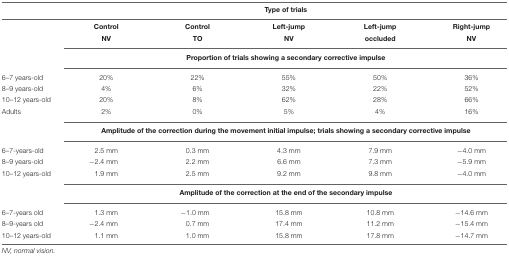
<table><thead><tr><td></td><td colspan="5"><b>Type of trials</b></td></tr></thead><tbody><tr><td></td><td><b>Control</b></td><td><b>Control</b></td><td><b>Left-jump</b></td><td><b>Left-jump</b></td><td><b>Right-jump</b></td></tr><tr><td></td><td><b>NV</b></td><td><b>TO</b></td><td><b>NV</b></td><td><b>occluded</b></td><td><b>NV</b></td></tr><tr><td></td><td colspan="5"><b>Proportion of trials showing a secondary corrective impulse</b></td></tr><tr><td>6–7 years-old</td><td>20%</td><td>22%</td><td>55%</td><td>50%</td><td>36%</td></tr><tr><td>8–9 years-old</td><td>4%</td><td>6%</td><td>32%</td><td>22%</td><td>52%</td></tr><tr><td>10–12 years-old</td><td>20%</td><td>8%</td><td>62%</td><td>28%</td><td>66%</td></tr><tr><td>Adults</td><td>2%</td><td>0%</td><td>5%</td><td>4%</td><td>16%</td></tr><tr><td></td><td colspan="5"><b>Amplitude of the correction during the movement initial impulse; trials showing a secondary corrective impulse</b></td></tr><tr><td>6–7-years-old</td><td>2.5 mm</td><td>0.3 mm</td><td>4.3 mm</td><td>7.9 mm</td><td>-4.0 mm</td></tr><tr><td>8–9 years-old</td><td>-2.4 mm</td><td>2.2 mm</td><td>6.6 mm</td><td>7.3 mm</td><td>-5.9 mm</td></tr><tr><td>10–12 years-old</td><td>1.9 mm</td><td>2.5 mm</td><td>9.2 mm</td><td>9.8 mm</td><td>-4.0 mm</td></tr><tr><td></td><td colspan="5"><b>Amplitude of the correction at the end of the secondary impulse</b></td></tr><tr><td>6–7-years old</td><td>1.3 mm</td><td>-1.0 mm</td><td>15.8 mm</td><td>10.8 mm</td><td>-14.6 mm</td></tr><tr><td>8–9-years old</td><td>-2.4 mm</td><td>0.7 mm</td><td>17.4 mm</td><td>11.2 mm</td><td>-15.4 mm</td></tr><tr><td>10–12 years-old</td><td>1.1 mm</td><td>1.0 mm</td><td>15.8 mm</td><td>17.8 mm</td><td>-14.7 mm</td></tr></tbody></table>